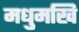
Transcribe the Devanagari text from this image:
मधुमखि